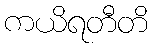
ကယိရတီတိ